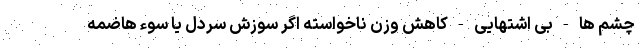
چشم ها - بی اشتهایی - کاهش وزن ناخواسته اگر سوزش سردل یا سوء هاضمه